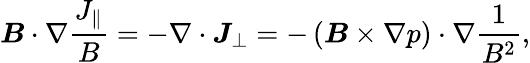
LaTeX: \boldsymbol{B}\cdot\nabla\frac{J_{\parallel}}{B}=-\nabla\cdot\boldsymbol{J}_{\perp}=-\left(\boldsymbol{B}\times\nabla p\right)\cdot\nabla\frac{1}{B^{2}},